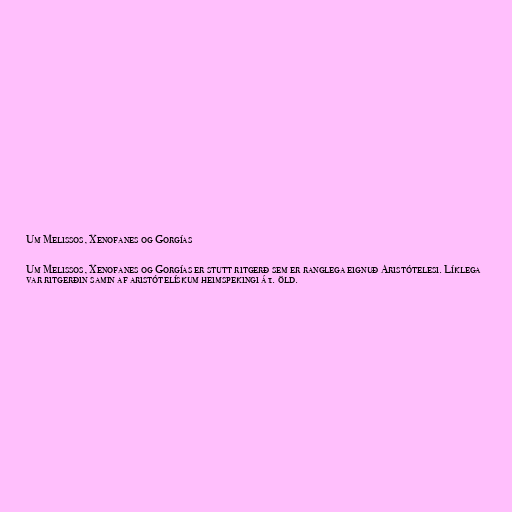
Um Melissos, Xenofanes og Gorgías

Um Melissos, Xenofanes og Gorgías er stutt ritgerð sem er ranglega eignuð Aristótelesi. Líklega
var ritgerðin samin af aristótelískum heimspekingi á 1. öld.